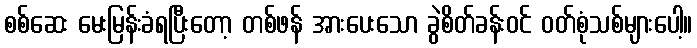
စစ်ဆေး မေးမြန်းခံရပြီးတော့ တစ်ဖန် အားပေးသော ခွဲစိတ်ခန်းဝင် ဝတ်စုံသစ်များပေါ့။